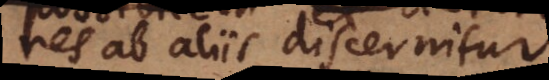
res ab aliis discernitur.